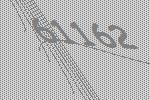
61162